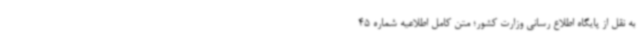
به نقل از پایگاه اطلاع رسانی وزارت کشور؛ متن کامل اطلاعیه شماره 45